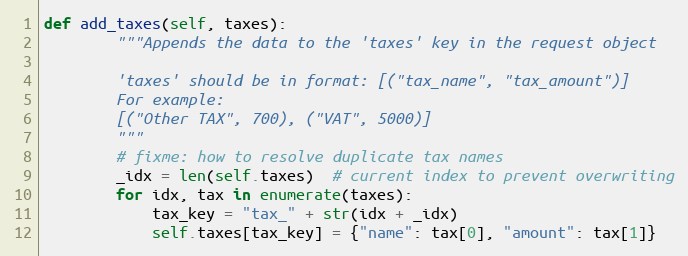
Language: Python
def add_taxes(self, taxes):
        """Appends the data to the 'taxes' key in the request object

        'taxes' should be in format: [("tax_name", "tax_amount")]
        For example:
        [("Other TAX", 700), ("VAT", 5000)]
        """
        # fixme: how to resolve duplicate tax names
        _idx = len(self.taxes)  # current index to prevent overwriting
        for idx, tax in enumerate(taxes):
            tax_key = "tax_" + str(idx + _idx)
            self.taxes[tax_key] = {"name": tax[0], "amount": tax[1]}